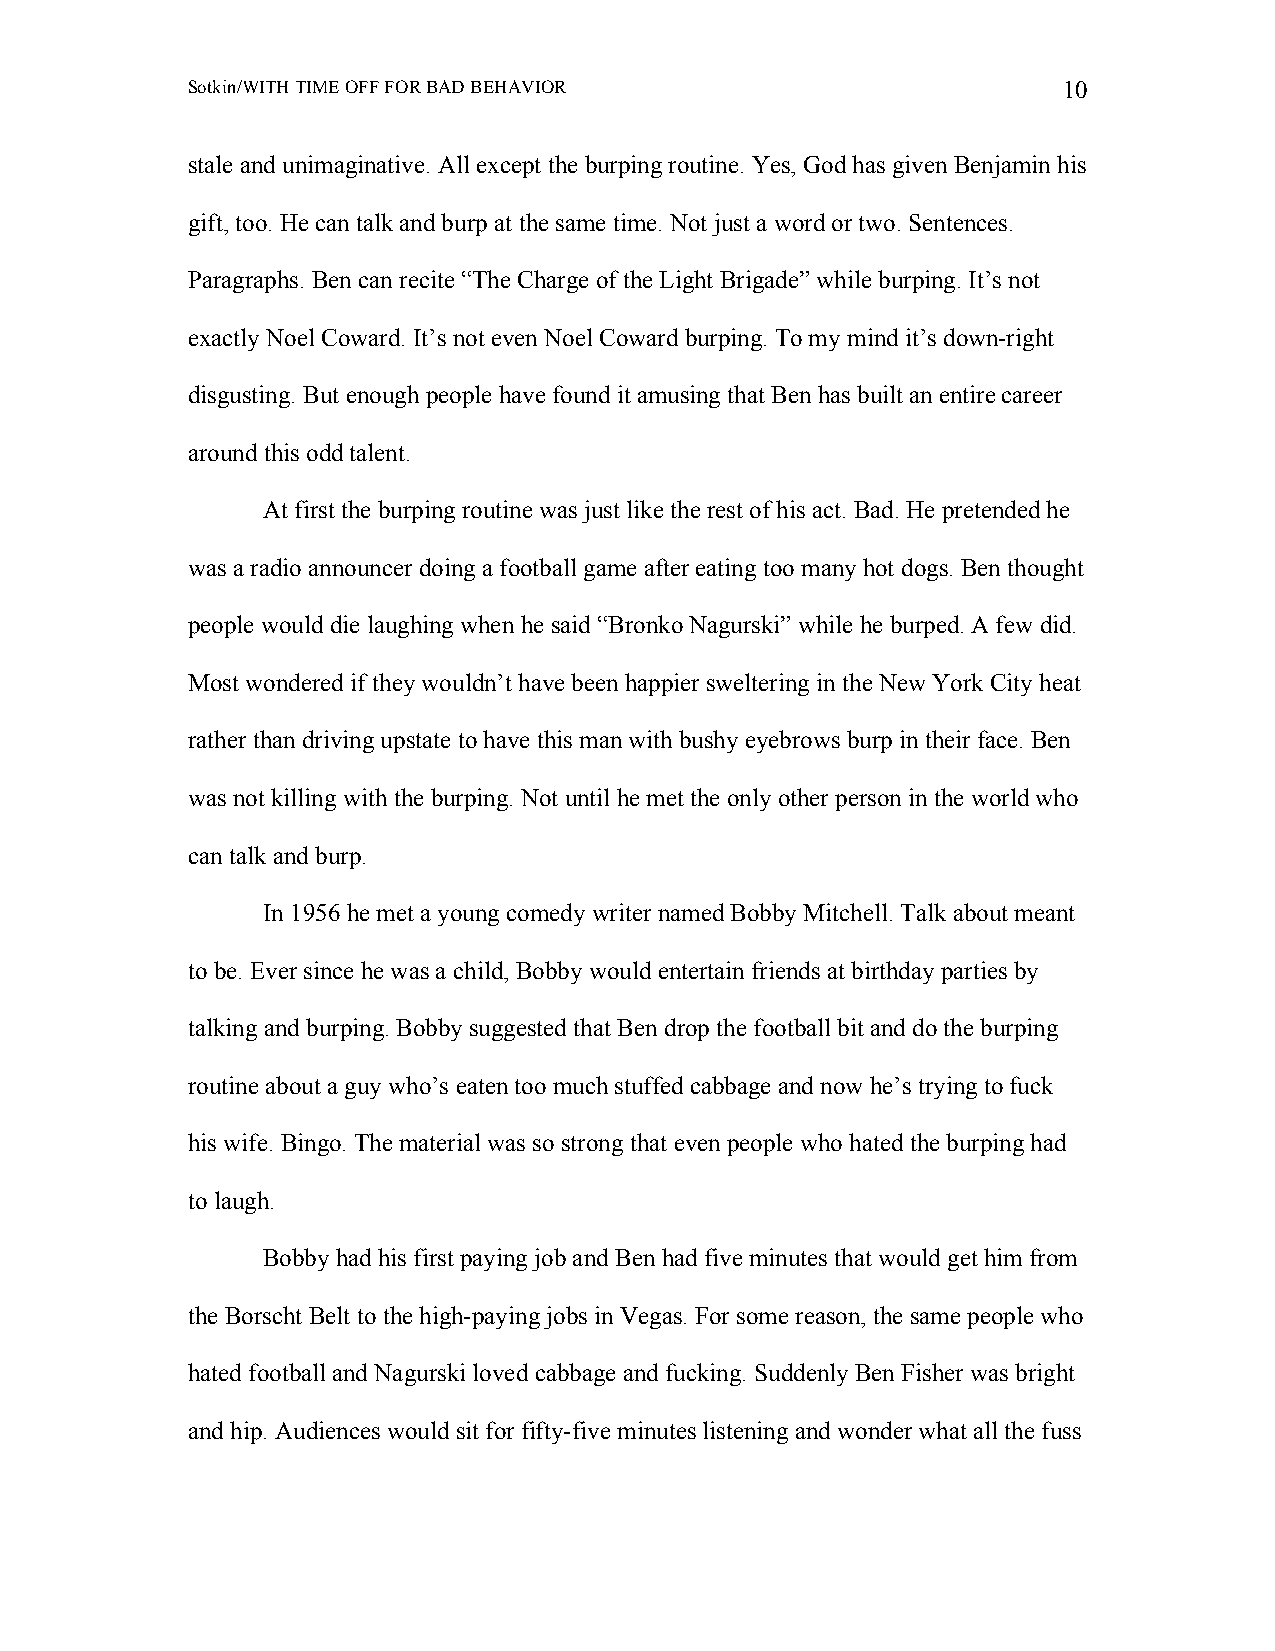
Sotkin/WITH TIME OFF FOR BAD BEHAVIOR                     10
 stale and unimaginative. All except the burping routine. Yes, God has given Benjamin his
 gift, too. He can talk and burp at the same time. Not just a word or two. Sentences.
 Paragraphs. Ben can recite “The Charge of the Light Brigade” while burping. It’s not
 exactly Noel Coward. It’s not even Noel Coward burping. To my mind it’s down-right
 disgusting. But enough people have found it amusing that Ben has built an entire career
 around this odd talent.
 At first the burping routine was just like the rest of his act. Bad. He pretended he
 was a radio announcer doing a football game after eating too many hot dogs. Ben thought
 people would die laughing when he said “Bronko Nagurski” while he burped. A few did.
 Most wondered if they wouldn’t have been happier sweltering in the New York City heat
 rather than driving upstate to have this man with bushy eyebrows burp in their face. Ben
 was not killing with the burping. Not until he met the only other person in the world who
 can talk and burp.
 In 1956 he met a young comedy writer named Bobby Mitchell. Talk about meant
 to be. Ever since he was a child, Bobby would entertain friends at birthday parties by
 talking and burping. Bobby suggested that Ben drop the football bit and do the burping
 routine about a guy who’s eaten too much stuffed cabbage and now he’s trying to fuck
 his wife. Bingo. The material was so strong that even people who hated the burping had
 to laugh.
 Bobby had his first paying job and Ben had five minutes that would get him from
 the Borscht Belt to the high-paying jobs in Vegas. For some reason, the same people who
 hated football and Nagurski loved cabbage and fucking. Suddenly Ben Fisher was bright
 and hip. Audiences would sit for fifty-five minutes listening and wonder what all the fuss